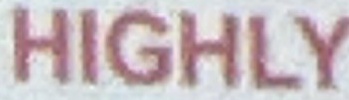
HIGHLY